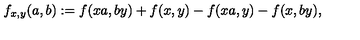
f _ { x , y } ( a , b ) : = f ( x a , b y ) + f ( x , y ) - f ( x a , y ) - f ( x , b y ) ,